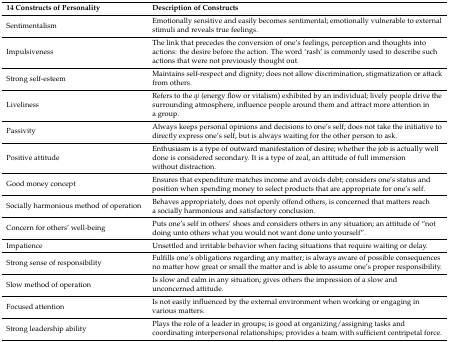
<table><thead><tr><td><b>14 Constructs of Personality</b></td><td><b>Description of Constructs</b></td></tr></thead><tbody><tr><td>Sentimentalism</td><td>Emotionally sensitive and easily becomes sentimental; emotionally vulnerable to external stimuli and reveals true feelings.</td></tr><tr><td>Impulsiveness</td><td>The link that precedes the conversion of one’s feelings, perception and thoughts into actions: the desire before the action. The word ‘rash’ is commonly used to describe such actions that were not previously thought out.</td></tr><tr><td>Strong self-esteem</td><td>Maintains self-respect and dignity; does not allow discrimination, stigmatization or attack from others.</td></tr><tr><td>Liveliness</td><td>Refers to the <i>qi</i> (energy flow or vitalism) exhibited by an individual; lively people drive the surrounding atmosphere, influence people around them and attract more attention in a group.</td></tr><tr><td>Passivity</td><td>Always keeps personal opinions and decisions to one’s self; does not take the initiative to directly express one’s self, but is always waiting for the other person to ask.</td></tr><tr><td>Positive attitude</td><td>Enthusiasm is a type of outward manifestation of desire; whether the job is actually well done is considered secondary. It is a type of zeal, an attitude of full immersion without distraction.</td></tr><tr><td>Good money concept</td><td>Ensures that expenditure matches income and avoids debt; considers one’s status and position when spending money to select products that are appropriate for one’s self.</td></tr><tr><td>Socially harmonious method of operation</td><td>Behaves appropriately, does not openly offend others, is concerned that matters reach a socially harmonious and satisfactory conclusion.</td></tr><tr><td>Concern for others’ well-being</td><td>Puts one’s self in others’ shoes and considers others in any situation; an attitude of “not doing unto others what you would not want done unto yourself”.</td></tr><tr><td>Impatience</td><td>Unsettled and irritable behavior when facing situations that require waiting or delay.</td></tr><tr><td>Strong sense of responsibility</td><td>Fulfills one’s obligations regarding any matter; is always aware of possible consequences no matter how great or small the matter and is able to assume one’s proper responsibility. </td></tr><tr><td>Slow method of operation</td><td>Is slow and calm in any situation; gives others the impression of a slow and unconcerned attitude.</td></tr><tr><td>Focused attention</td><td>Is not easily influenced by the external environment when working or engaging in various matters.</td></tr><tr><td>Strong leadership ability</td><td>Plays the role of a leader in groups; is good at organizing/assigning tasks and coordinating interpersonal relationships; provides a team with sufficient centripetal force.</td></tr></tbody></table>